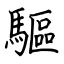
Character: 驅